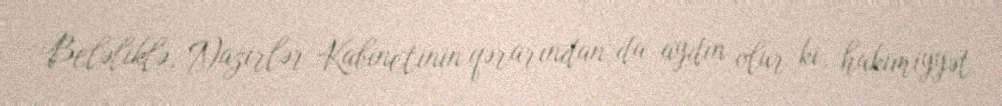
Beləliklə, Nazirlər Kabinetinin qərarından da aydın olur ki, hakimiyyət